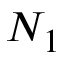
N _ { 1 }